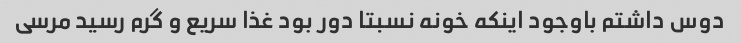
دوس داشتم باوجود اینکه خونه نسبتا دور بود غذا سریع و گرم رسید مرسی